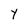
Character: Y